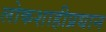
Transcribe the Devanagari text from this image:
लोकशाहीप्रधान